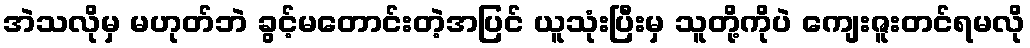
အဲသလိုမှ မဟုတ်ဘဲ ခွင့်မတောင်းတဲ့အပြင် ယူသုံးပြီးမှ သူတို့ကိုပဲ ကျေးဇူးတင်ရမလို